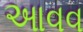
આવવ